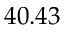
4 0 . 4 3